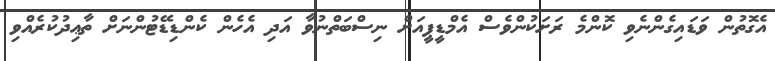
އެގޮތުން ވަޑައިގެންނެވި ކޮންމެ ރަށަކުންވެސް އެމްޑީޕީއަށް ނިސްބަތްނުވާ އަދި އެހެން ކެންޑިޑޭޓުންނަށް ތާޢިދުކުރެއްވި